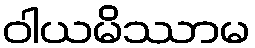
ဝါယမိဿာမ